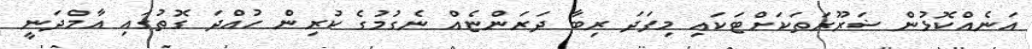
އަނެއްކޮޅުން ޟަރޫރަތަކަށްޓަކައި މިފަދަ ރިބާ ދަރަންޏެއް ނެގުމުގެ ކުރިން ހުއްދަ ގޮތުގައި އާމްދަނީ